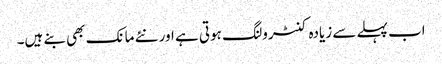
اب پہلے سے زیادہ کنٹرولنگ ہوتی ہے اور نئے مانک بھی بنے ہیں۔